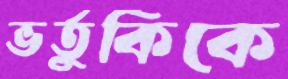
ভর্তুকিকে